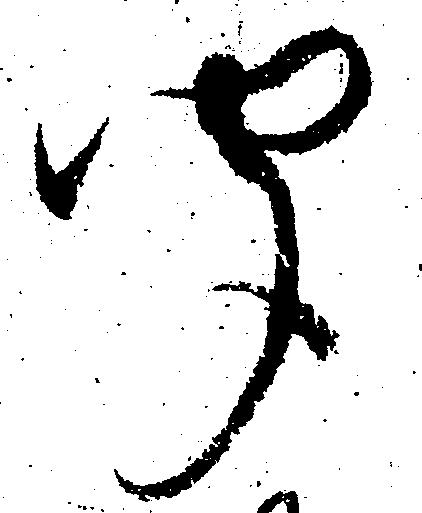
聞